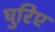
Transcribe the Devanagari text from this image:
घुरिए